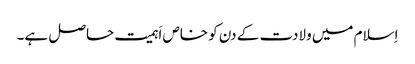
اِسلام میں ولادت کے دن کو خاص اَہمیت حاصل ہے۔